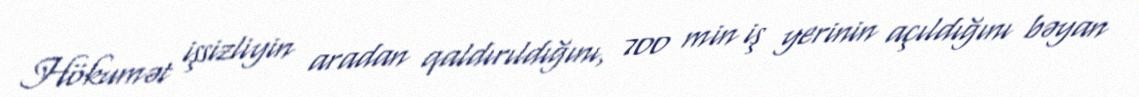
Hökumət işsizliyin aradan qaldırıldığını, 700 min iş yerinin açıldığını bəyan